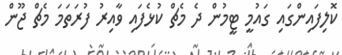
ކޮލިފައިންގައި ގައުމީ ޓީމުން ދެ މެޗް ކުޅެފައި ވާއިރު ފުރަތަމަ މެޗް ޖޫން